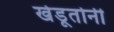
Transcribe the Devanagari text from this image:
खेडूतोनी